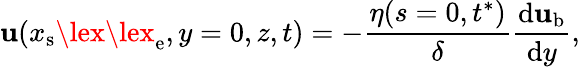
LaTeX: \mathbf{u}(x_{\mathrm{{s}}}\lex\lex_{\mathrm{{e}}},y=0,z,t)=-\frac{{\eta(s=0,t^{*})}}{{\delta}}\frac{{\mathrm{{d}}\mathbf{u}_{\mathrm{{b}}}}}{{\mathrm{{d}}y}},